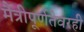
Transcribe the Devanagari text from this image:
मैत्रीपूर्णतेवरही